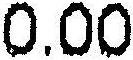
0.00